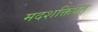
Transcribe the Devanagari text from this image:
मदशक्तिवत्